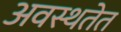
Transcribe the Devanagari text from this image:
अवस्थतेत